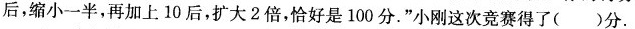
后，缩小一半，再加上10后，扩大2倍，恰好是100分。”小刚这次竞赛得了()分。